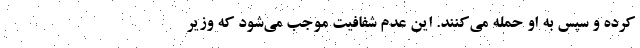
کرده و سپس به او حمله می‌کنند. این عدم شفافیت موجب می‌شود که وزیر